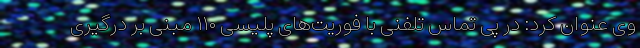
وی عنوان کرد: در پی تماس تلفنی با فوریت‌های پلیسی ۱۱۰ مبنی بر درگیری